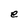
Character: e